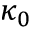
\kappa _ { 0 }